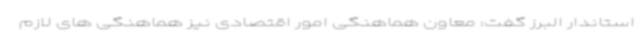
استاندار البرز گفت: معاون هماهنگی امور اقتصادی نیز هماهنگی های لازم